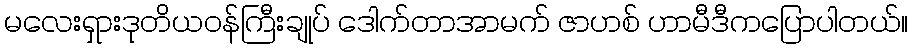
မလေးရှားဒုတိယဝန်ကြီးချုပ် ဒေါက်တာအာမက် ဇာဟစ် ဟာမီဒီကပြောပါတယ်။